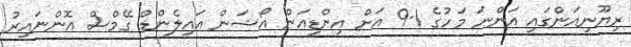
ރިޔޫނިއަންގައި އަންނަ މަހުގެ 1-9 އަށް އިންޑިއަން އޯޝަން އައިލެންޑް ގޭމްސް އޮންނައިރު